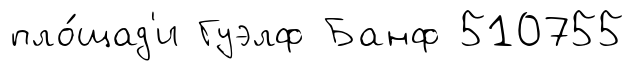
пло́щад'и Гуэлф Банф 510755